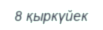
8 қыркүйек